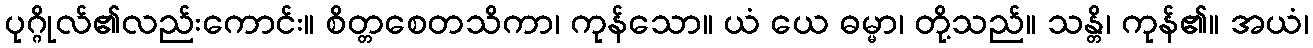
ပုဂ္ဂိုလ်၏လည်းကောင်း။ စိတ္တစေတသိကာ၊ ကုန်သော။ ယံ ယေ ဓမ္မာ၊ တို့သည်။ သန္တိ၊ ကုန်၏။ အယံ၊